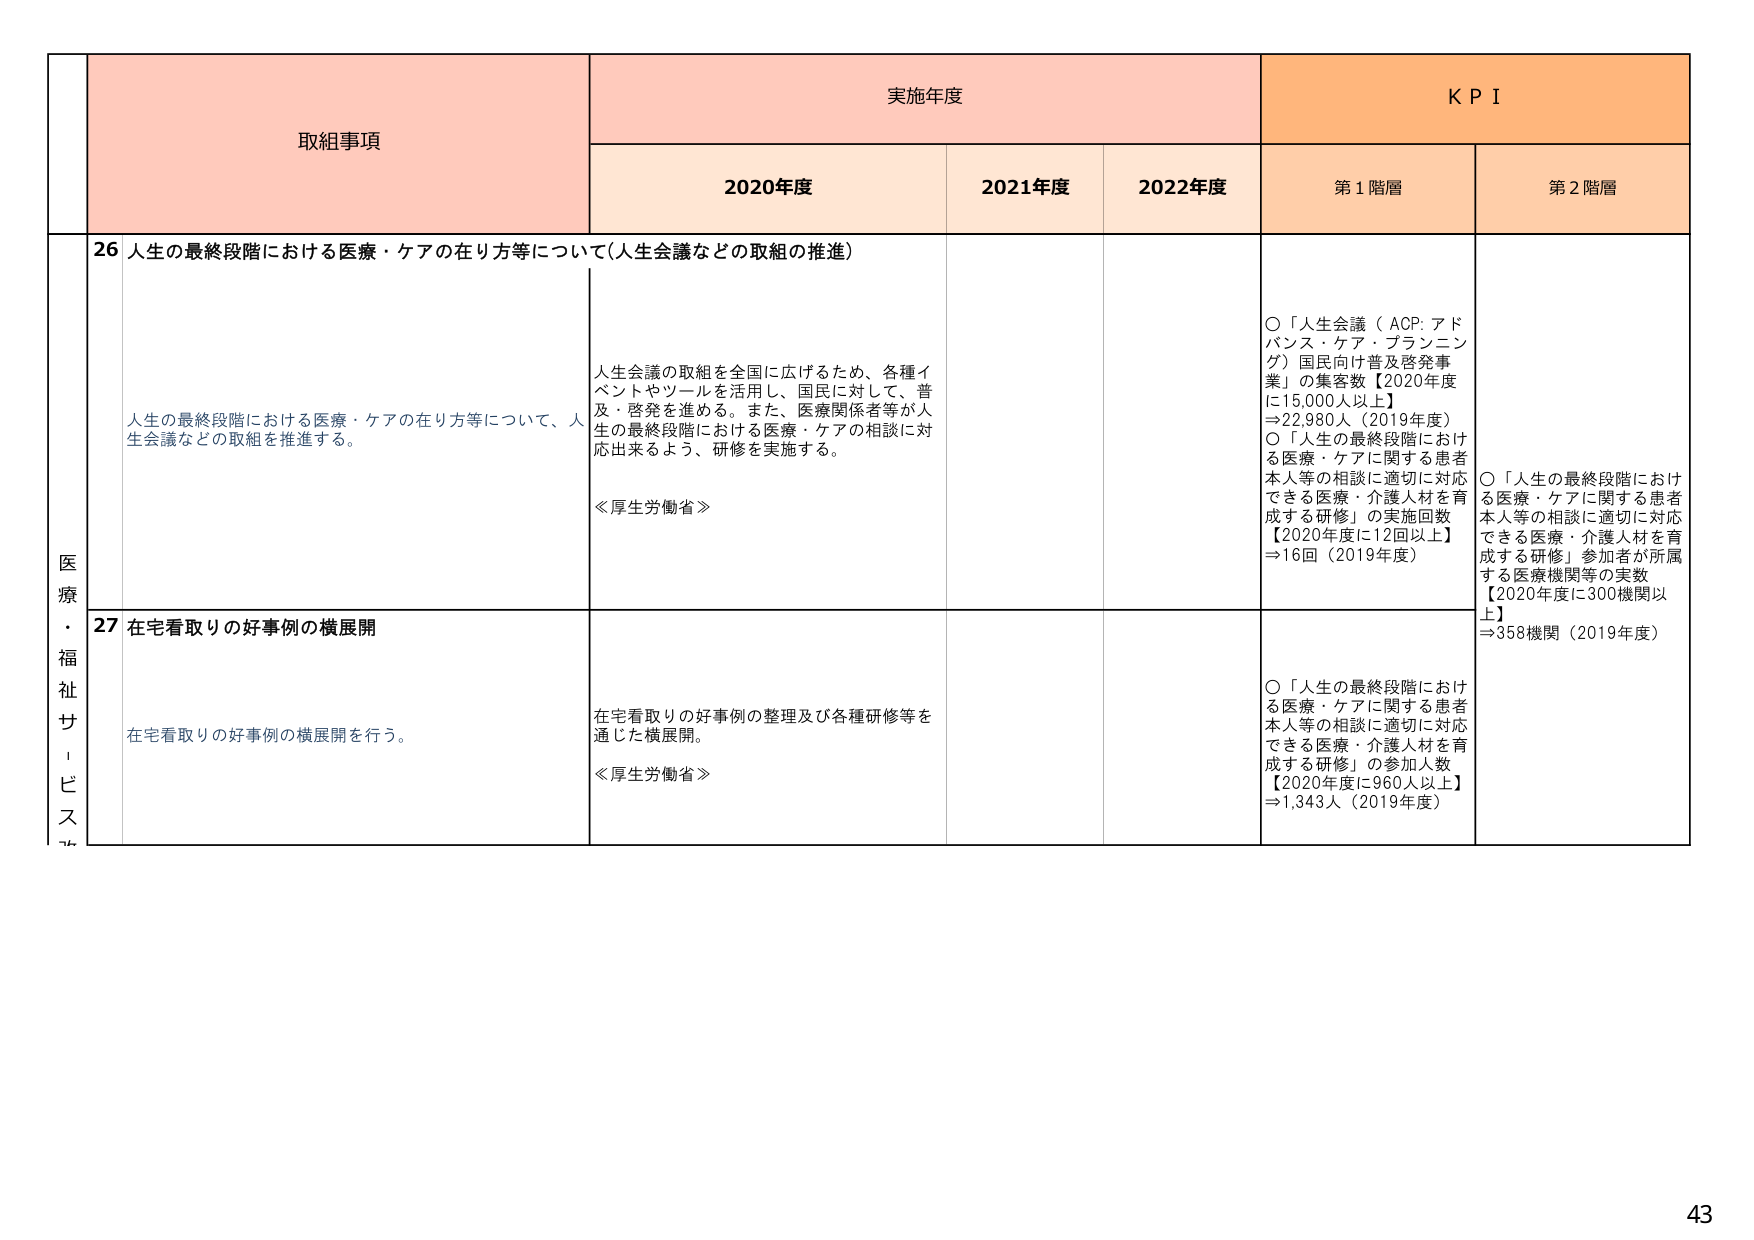
医療・福祉サービス

取組事項

実施年度

KPI

2020年度

2021年度

2022年度

第1階層

第2階層

26 人生の最終段階における医療・ケアの在り方等について（人生会議などの取組の推進）

人生の最終段階における医療・ケアの在り方等について、人生会議などの取組を推進する。

人生会議の取組を全国に広げるため、各種イベントやツールを活用し、国民に対して、普及・啓発を進める。また、医療関係者等が人生の最終段階における医療・ケアの相談に対応出来るよう、研修を実施する。

≪厚生労働省≫

○「人生会議（ACP: アドバンス・ケア・プランニング）国民向け普及啓発事業」の集客数【2020年度に15,000人以上】⇒22,980人（2019年度）

○「人生の最終段階における医療・ケアに関する患者本人等の相談に適切に対応できる医療・介護人材を育成する研修」の実施回数【2020年度に12回以上】⇒16回（2019年度）

○「人生の最終段階における医療・ケアに関する患者本人等の相談に適切に対応できる医療・介護人材を育成する研修」参加者が所属する医療機関等の実数【2020年度に300機関以上】⇒358機関（2019年度）

27 在宅看取りの好事例の横展開

在宅看取りの好事例の横展開を行う。

在宅看取りの好事例の整理及び各種研修等を通じた横展開。

≪厚生労働省≫

○「人生の最終段階における医療・ケアに関する患者本人等の相談に適切に対応できる医療・介護人材を育成する研修」の参加人数【2020年度に960人以上】⇒1,343人（2019年度）

43